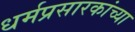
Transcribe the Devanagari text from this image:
धर्मप्रसारकांच्या